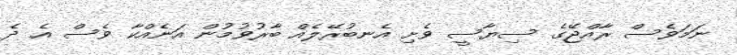
ނަމަވެސް ރާއްޖޭގެ ސިޔާސީ ވެށި އެނބުރޭލެއް ބާރުވުމުން އަނެއްކާ ވެސް އެ ދެ